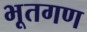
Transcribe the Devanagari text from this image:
भूतगण